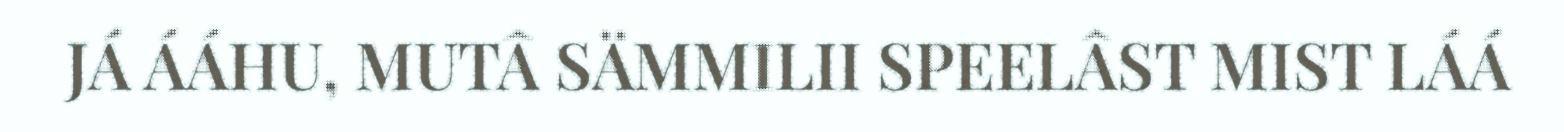
JÁ ÁÁHU, MUTÂ SÄMMILII SPEELÂST MIST LÁÁ